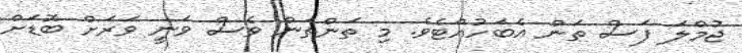
ޖުމްލަ ފަސް ތަން އެބަހުއްޓެވެ. މި ތަންތަން ވެސް ވަނީ ވަރަށް ބޮޑަށް